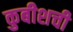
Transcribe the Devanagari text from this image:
कुबीशची